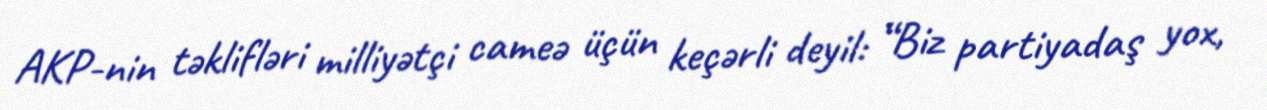
AKP-nin təklifləri milliyətçi cameə üçün keçərli deyil: “Biz partiyadaş yox,